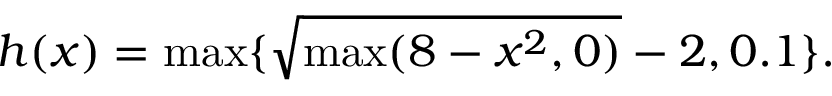
h ( x ) = \operatorname* { m a x } \{ \sqrt { \operatorname* { m a x } ( 8 - x ^ { 2 } , 0 ) } - 2 , 0 . 1 \} .